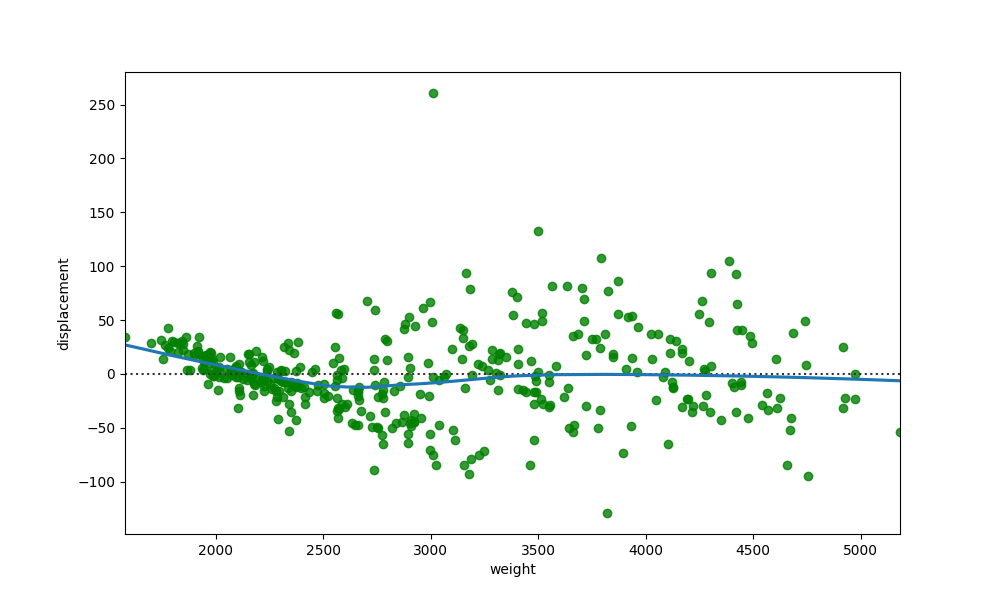
python, seaborn, residplot, lowess=True, scatter_color=green